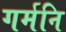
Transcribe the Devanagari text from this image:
गर्मनि